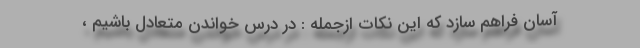
آسان فراهم سازد که این نکات ازجمله : در درس خواندن متعادل باشیم ،